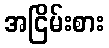
အငြိမ်းစား